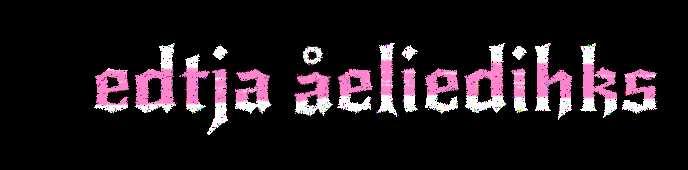
edtja åeliedihks